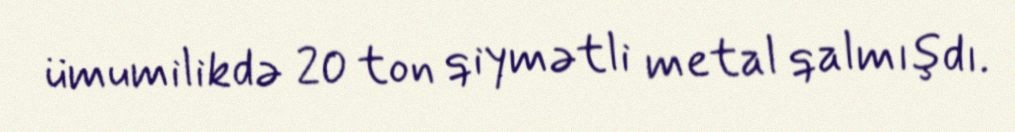
ümumilikdə 20 ton qiymətli metal qalmışdı.